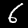
Digit: 6